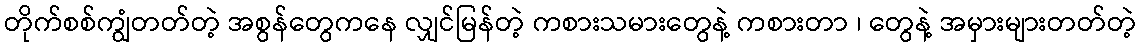
တိုက်စစ်ကျွံတတ်တဲ့ အစွန်တွေကနေ လျှင်မြန်တဲ့ ကစားသမားတွေနဲ့ ကစားတာ ၊ တွေနဲ့ အမှားများတတ်တဲ့